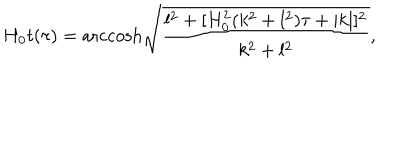
H _ { 0 } t ( \tau ) = \mathrm { a r c c o s h } \sqrt { \frac { l ^ { 2 } + [ H _ { 0 } ^ { 2 } ( k ^ { 2 } + l ^ { 2 } ) \tau + | k | ] ^ { 2 } } { k ^ { 2 } + l ^ { 2 } } } ,